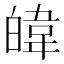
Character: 𪾃